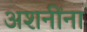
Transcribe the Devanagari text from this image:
अशनींना